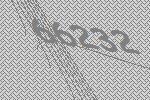
66232